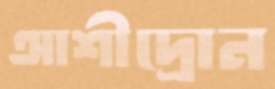
আশীদ্রোন